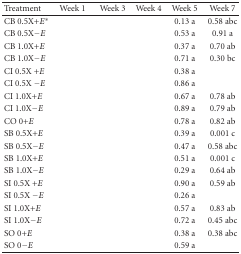
<table><thead><tr><td><b>Treatment</b></td><td><b>Week 1</b></td><td><b>Week 3</b></td><td><b>Week 4</b></td><td><b>Week 5</b></td><td><b>Week 7</b></td></tr></thead><tbody><tr><td>CB 0.5X+<i>E</i>*</td><td>[EMPTY_CELL]</td><td>[EMPTY_CELL]</td><td>[EMPTY_CELL]</td><td>0.13 a</td><td>0.58 abc</td></tr><tr><td>CB 0.5X−<i>E</i></td><td>[EMPTY_CELL]</td><td>[EMPTY_CELL]</td><td>[EMPTY_CELL]</td><td>0.53 a</td><td>0.91 a</td></tr><tr><td>CB 1.0X+<i>E</i></td><td>[EMPTY_CELL]</td><td>[EMPTY_CELL]</td><td>[EMPTY_CELL]</td><td>0.37 a</td><td>0.70 ab</td></tr><tr><td>CB 1.0X−<i>E</i></td><td>[EMPTY_CELL]</td><td>[EMPTY_CELL]</td><td>[EMPTY_CELL]</td><td>0.71 a</td><td>0.30 bc</td></tr><tr><td>CI 0.5X +<i>E </i></td><td>[EMPTY_CELL]</td><td>[EMPTY_CELL]</td><td>[EMPTY_CELL]</td><td>0.38 a</td><td>[EMPTY_CELL]</td></tr><tr><td>CI 0.5X −<i>E</i></td><td>[EMPTY_CELL]</td><td>[EMPTY_CELL]</td><td>[EMPTY_CELL]</td><td>0.86 a</td><td>[EMPTY_CELL]</td></tr><tr><td>CI 1.0X+<i>E </i></td><td>[EMPTY_CELL]</td><td>[EMPTY_CELL]</td><td>[EMPTY_CELL]</td><td>0.67 a</td><td>0.78 ab</td></tr><tr><td>CI 1.0X−<i>E</i></td><td>[EMPTY_CELL]</td><td>[EMPTY_CELL]</td><td>[EMPTY_CELL]</td><td>0.89 a</td><td>0.79 ab</td></tr><tr><td>CO 0+<i>E</i></td><td>[EMPTY_CELL]</td><td>[EMPTY_CELL]</td><td>[EMPTY_CELL]</td><td>0.78 a</td><td>0.82 ab</td></tr><tr><td>SB 0.5X+<i>E</i></td><td>[EMPTY_CELL]</td><td>[EMPTY_CELL]</td><td>[EMPTY_CELL]</td><td>0.39 a</td><td>0.001 c</td></tr><tr><td>SB 0.5X−<i>E</i></td><td>[EMPTY_CELL]</td><td>[EMPTY_CELL]</td><td>[EMPTY_CELL]</td><td>0.47 a</td><td>0.58 abc</td></tr><tr><td>SB 1.0X+<i>E</i></td><td>[EMPTY_CELL]</td><td>[EMPTY_CELL]</td><td>[EMPTY_CELL]</td><td>0.51 a</td><td>0.001 c</td></tr><tr><td>SB 1.0X−<i>E</i></td><td>[EMPTY_CELL]</td><td>[EMPTY_CELL]</td><td>[EMPTY_CELL]</td><td>0.29 a</td><td>0.64 ab</td></tr><tr><td>SI 0.5X +<i>E</i></td><td>[EMPTY_CELL]</td><td>[EMPTY_CELL]</td><td>[EMPTY_CELL]</td><td>0.90 a</td><td>0.59 ab</td></tr><tr><td>SI 0.5X −<i>E</i></td><td>[EMPTY_CELL]</td><td>[EMPTY_CELL]</td><td>[EMPTY_CELL]</td><td>0.26 a</td><td>[EMPTY_CELL]</td></tr><tr><td>SI 1.0X+<i>E</i></td><td>[EMPTY_CELL]</td><td>[EMPTY_CELL]</td><td>[EMPTY_CELL]</td><td>0.57 a</td><td>0.83 ab</td></tr><tr><td>SI 1.0X−<i>E</i></td><td>[EMPTY_CELL]</td><td>[EMPTY_CELL]</td><td>[EMPTY_CELL]</td><td>0.72 a</td><td>0.45 abc</td></tr><tr><td>SO 0+<i>E</i></td><td>[EMPTY_CELL]</td><td>[EMPTY_CELL]</td><td>[EMPTY_CELL]</td><td>0.38 a</td><td>0.38 abc</td></tr><tr><td>SO 0−<i>E</i></td><td>[EMPTY_CELL]</td><td>[EMPTY_CELL]</td><td>[EMPTY_CELL]</td><td>0.59 a</td><td>[EMPTY_CELL]</td></tr></tbody></table>